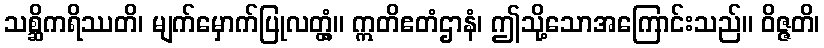
သစ္ဆိကရိဿတိ၊ မျက်မှောက်ပြုလတ္တံ့။ ဣတိဧတံဌာနံ၊ ဤသို့သောအကြောင်းသည်။ ဝိဇ္ဇတိ၊